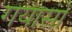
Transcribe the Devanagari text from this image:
गयासो